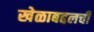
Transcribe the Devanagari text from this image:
खेळाबद्दलची